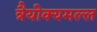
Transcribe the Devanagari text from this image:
त्रैयोक्यमल्ल